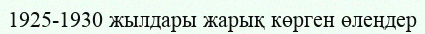
1925-1930 жылдары жарық көрген өлеңдер